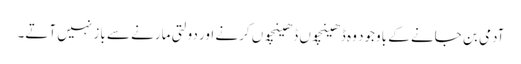
آدمی بن جانے کے باوجود وہ ڈھینچوں ڈھینچوں کرنے اور دولتی مارنے سے باز نہیں آتے۔